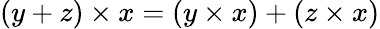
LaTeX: (y+z)\times x=(y\times x)+(z\times x)